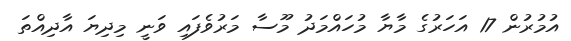
އުމުރުން 17 އަހަރުގެ މާޔާ މުހައްމަދު މޫސާ މަރުވެފައި ވަނީ މިދިޔަ އާދިއްތަ